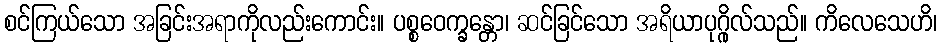
စင်ကြယ်သော အခြင်းအရာကိုလည်းကောင်း။ ပစ္စဝေက္ခန္တော၊ ဆင်ခြင်သော အရိယာပုဂ္ဂိုလ်သည်။ ကိလေသေဟိ၊